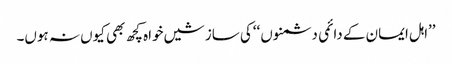
’’اہل ایمان کے دائمی دشمنوں ‘‘کی سازشیں خواہ کچھ بھی کیوں نہ ہوں۔